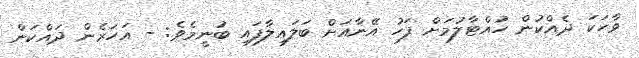
ވާހަކަ ދެއްކުން ހުއްޓާލުމަށް ފަހު އޭނާއަށް ބަލައިލާފައި ބުނީމެވެ: - އަހަރެން ދައްކަން